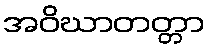
အဝိဃာတတ္တာ